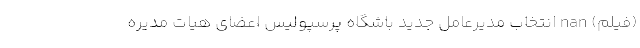
(فیلم) nan انتخاب مدیرعامل جدید باشگاه پرسپولیس اعضای هیات مدیره